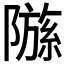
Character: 𫕗